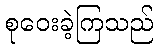
စုဝေးခဲ့ကြသည်